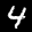
Label: 4